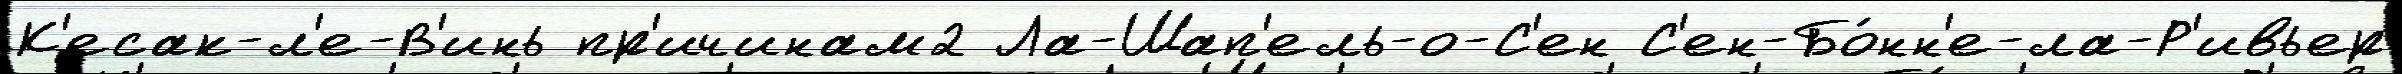
К'есак-л'е-В'инь пр'ичинам2 Ла-Шап'ель-о-С'ен С'ен-Бо́нн'е-ла-Р'ивьер